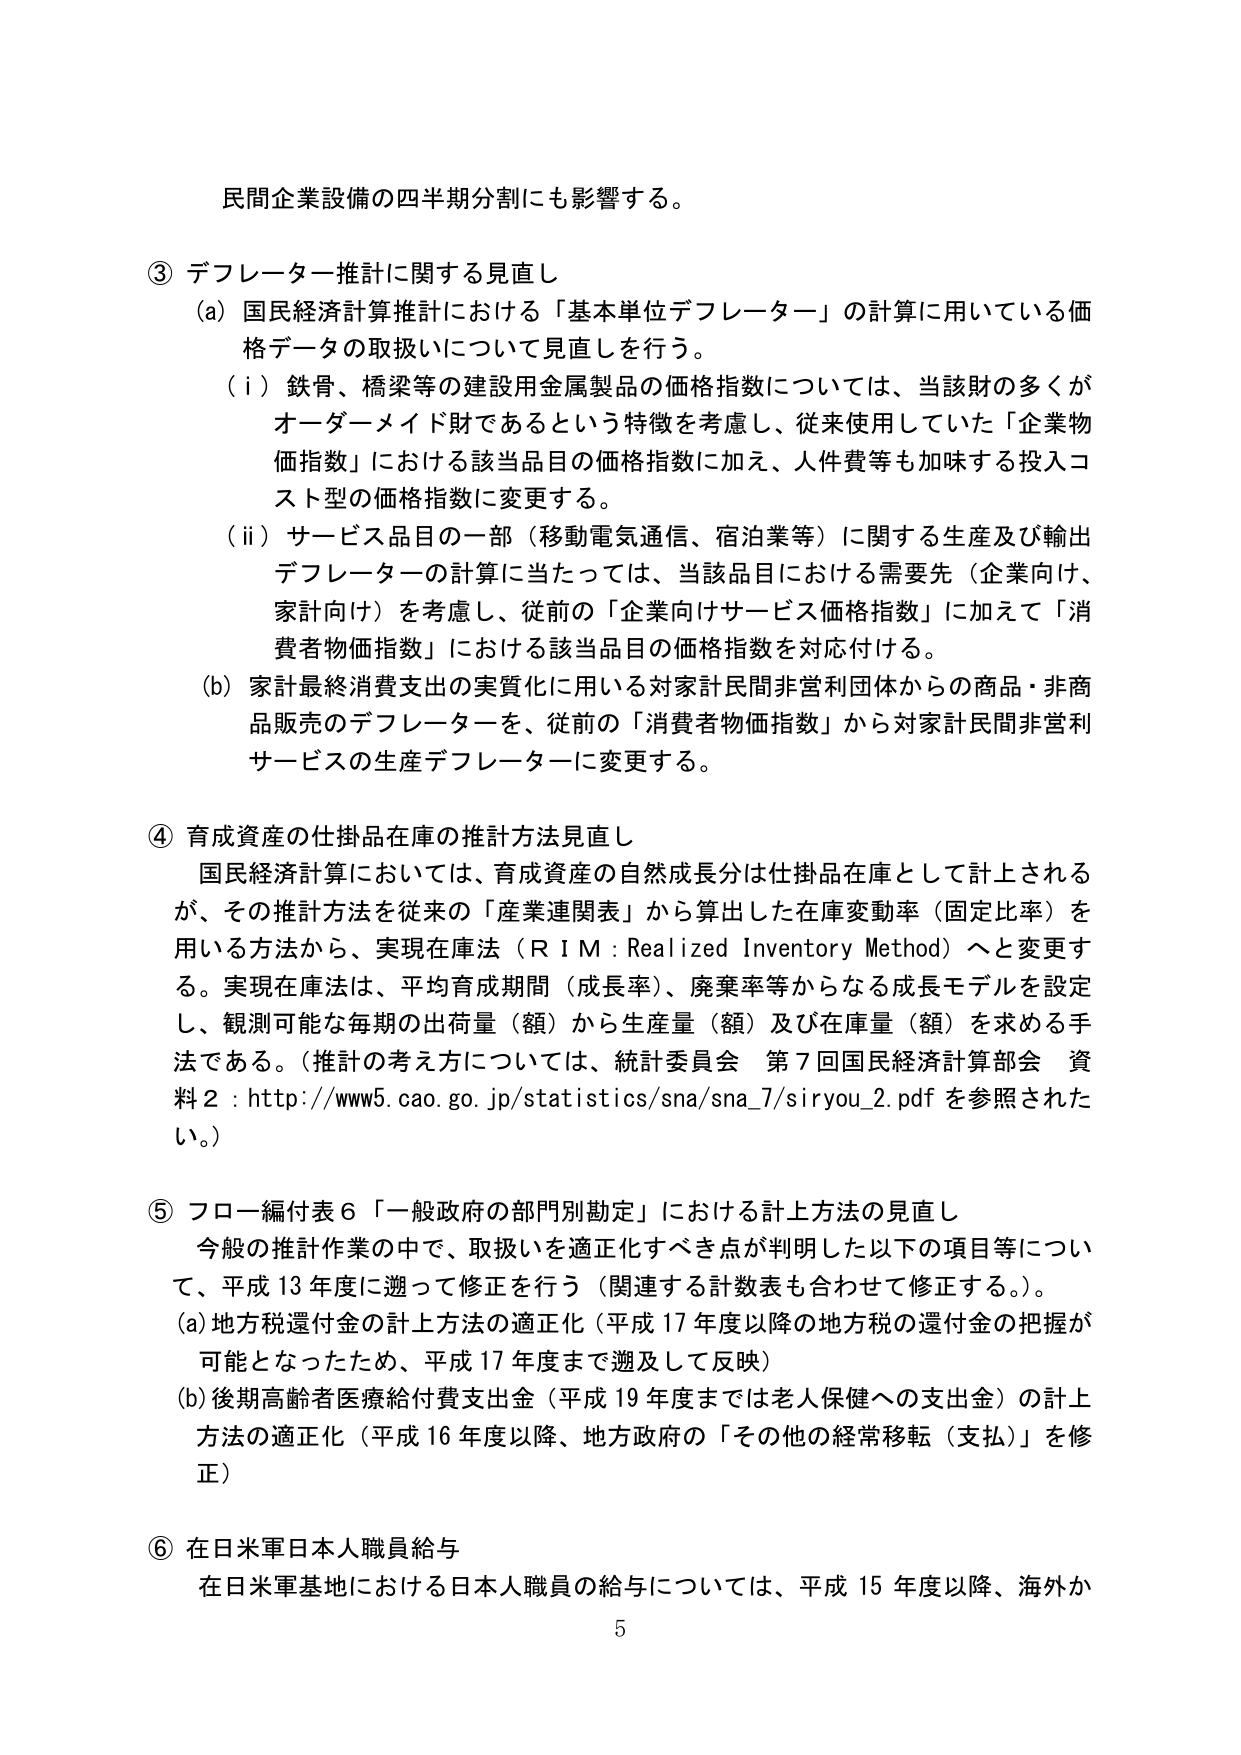
民間企業設備の四半期分割にも影響する。

③ デフレータ推計に関する見直し
（a）国民経済計算推計における「基本単位デフレーター」の計算に用いている価格データの取扱いについて見直しを行う。
（i）鉄骨、橋梁等の建設用金属製品の価格指数については、当該財の多くがオーダーメイド財であるという特徴を考慮し、従来使用していた「企業物価指数」における該当品目の価格指数に加え、人件費等も加味する投入コスト型の価格指数に変更する。
（ii）サービス品目の一部（移動電気通信、宿泊業等）に関する生産及び輸出デフレーターの計算に当たっては、当該品目における需要先（企業向け、家計向け）を考慮し、従前の「企業向けサービス価格指数」に加えて「消費者物価指数」における該当品目の価格指数を対応付ける。
（b）家計最終消費支出の実質化に用いる対家計民間非営利団体からの商品・非商品販売のデフレーターを、従前の「消費者物価指数」から対家計民間非営利サービスの生産デフレーターに変更する。

④ 育成資産の仕掛品在庫の推計方法見直し
国民経済計算においては、育成資産の自然成長分は仕掛品在庫として計上されるが、その推計方法を従来の「産業連関表」から算出した在庫変動率（固定比率）を用いる方法から、実現在庫法（ＲＩＭ：Realized Inventory Method）へと変更する。実現在庫法は、平均育成期間（成長率）、廃棄率等からなる成長モデルを設定し、観測可能な毎期の出荷量（額）から生産量（額）及び在庫量（額）を求める手法である。（推計の考え方については、統計委員会 第7回国民経済計算部会 資料2：http://www5.cao.go.jp/statistics/sna/sna_7/siryou_2.pdfを参照されたい。）

⑤ フロー編付表6「一般政府の部門別勘定」における計上方法の見直し
今般の推計作業の中で、取扱いを適正化すべき点が判明した以下の項目等について、平成13年度に遡って修正を行う（関連する計数表も合わせて修正する。）。
（a）地方税還付金の計上方法の適正化（平成17年度以降の地方税の還付金の把握が可能となったため、平成17年度まで遡及して反映）
（b）後期高齢者医療給付費支出金（平成19年度までは老人保健への支出金）の計上方法の適正化（平成16年度以降、地方政府の「その他の経常移転（支払）」を修正）

⑥ 在日米軍日本人職員給与
在日米軍基地における日本人職員の給与については、平成15年度以降、海外か

5